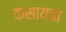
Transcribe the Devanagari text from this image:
कसायचा